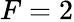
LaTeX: F=2